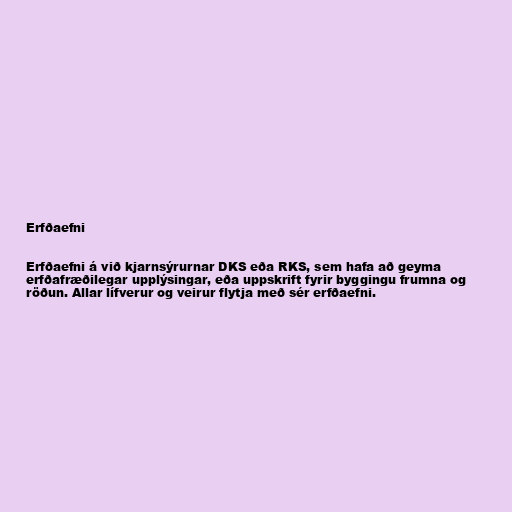
Erfðaefni

Erfðaefni á við kjarnsýrurnar DKS eða RKS, sem hafa að geyma
erfðafræðilegar upplýsingar, eða uppskrift fyrir byggingu frumna og
röðun. Allar lífverur og veirur flytja með sér erfðaefni.